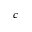
_ c